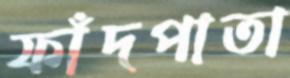
ফাঁদপাতা